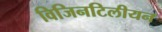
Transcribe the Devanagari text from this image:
विजिनटिलीयन